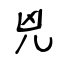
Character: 兇